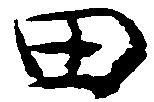
田